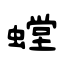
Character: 螳